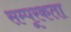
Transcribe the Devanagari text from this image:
सम्पूरकता